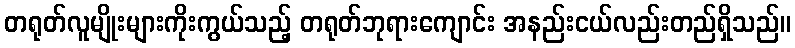
တရုတ်လူမျိုးများကိုးကွယ်သည့် တရုတ်ဘုရားကျောင်း အနည်းငယ်လည်းတည်ရှိသည်။